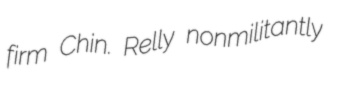
firm Chin. Relly nonmilitantly